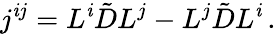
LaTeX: j^{\mathit{i}j}=L^{\mathit{i}}\tilde{{D}}L^{j}-L^{j}\tilde{{D}}L^{\mathit{i}}\, .